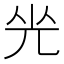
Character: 𠒃